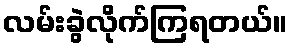
လမ်းခွဲလိုက်ကြရတယ်။